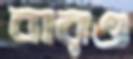
বারও